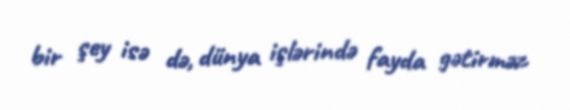
bir şey isə də, dünya işlərində fayda gətirməz.